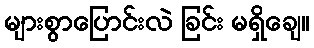
များစွာပြောင်းလဲ ခြင်း မရှိချေ။